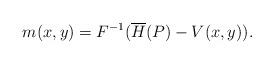
LaTeX: \begin{align*}\begin{aligned} m (x,y )=F^{-1} (\overline{H} (P )-V (x,y ) ).\end{aligned}\end{align*}